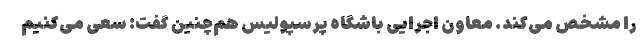
را مشخص می‌کند. معاون اجرایی باشگاه پرسپولیس هم‌چنین گفت: سعی می‌کنیم